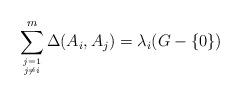
LaTeX: \begin{align*}\sum^{m}_{j=1\atop j\neq i }\Delta(A_{i},A_{j})=\lambda_{i}(G-\{0\})\end{align*}